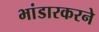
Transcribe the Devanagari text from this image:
भांडारकरने